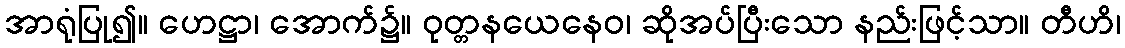
အာရုံပြု၍။ ဟေဋ္ဌာ၊ အောက်၌။ ဝုတ္တနယေနေဝ၊ ဆိုအပ်ပြီးသော နည်းဖြင့်သာ။ တီဟိ၊